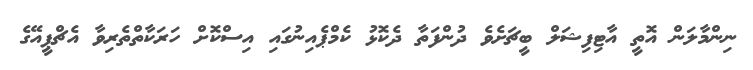
ނިންމާލަން އޮތީ އާޓިފިޝަލް ބީޗަށެވެ ދުންފަތާ ދެކޮޅު ކެމްޕެއިނުގައި އިސްކޮށް ހަރަކާތްތެރިވާ އެޗްޕީއޭގެ